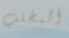
المخلب